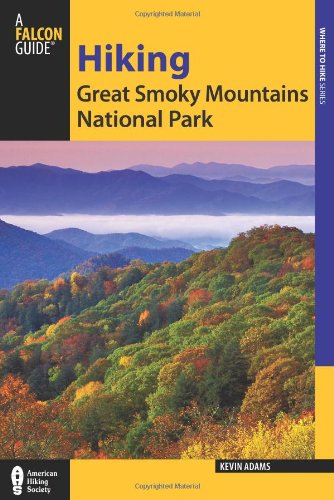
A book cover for Hiking Great Smoky Mountains National Park (Regional Hiking Series); Kevin Adams; Sports & Outdoors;